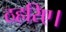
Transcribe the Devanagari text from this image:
ठहरिए।